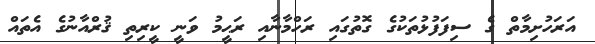
އަރަހުށިމާތް ގެ ސިފަފުޅުތަކުގެ ގޮތުގައި ރަހްމާނާއި ރަޙީމު ވަނީ ކީރިތި ޤުރްއާނުގެ އެތައް